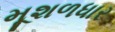
મૂશળધાર